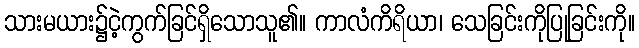
သားမယား၌ငဲ့ကွက်ခြင်ရှိသောသူ၏။ ကာလံကိရိယာ၊ သေခြင်းကိုပြုခြင်းကို။